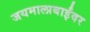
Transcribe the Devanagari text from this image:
जयमालाबाईंवर